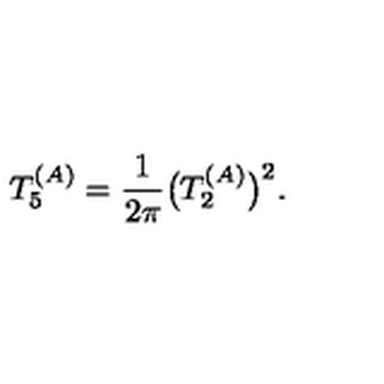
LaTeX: T _ { 5 } ^ { ( A ) } = { \frac { 1 } { 2 \pi } } \big ( T _ { 2 } ^ { ( A ) } \big ) ^ { 2 } .